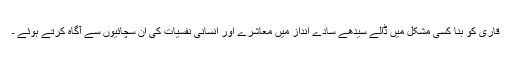
قاری کو بنا کسی مشکل میں ڈالے سیدھے سادے انداز میں معاشرے اور انسانی نفسیات کی ان سچائیوں سے آگاہ کرتے ہوئے ۔